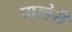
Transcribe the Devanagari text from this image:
चाल्हेरी